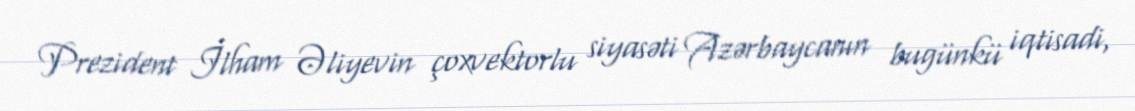
Prezident İlham Əliyevin çoxvektorlu siyasəti Azərbaycanın bugünkü iqtisadi,